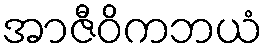
အာဇီဝိကဘယံ